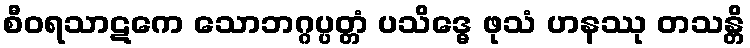
စီဝရသာဋကေ သောဘဂ္ဂပ္ပတ္တံ ပသိဒ္ဓေ ဖုသံ ဟနဿု တသန္တိ